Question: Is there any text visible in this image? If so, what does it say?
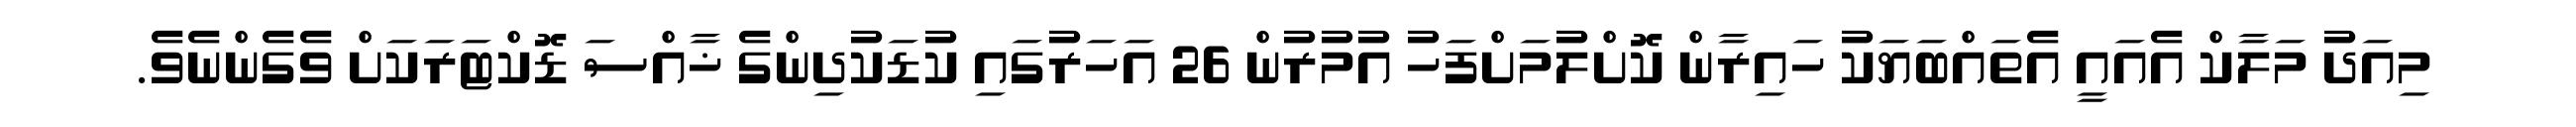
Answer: މިއަދު މަލާކް އެއައީ އެތައްބަޔަކު ހައިރާން ކޮށްލުމަށްފަހު އުމުރުން 26 އަހަރުގައި ކުޑަކުދިންގެ ޚާއްސަ ޑޮކްޓަރަކަށް ވެގެންނެވެ.